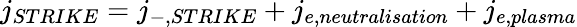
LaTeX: j_{STRIKE}=j_{-,STRIKE}+j_{e,neutralisation}+j_{e,plasma}